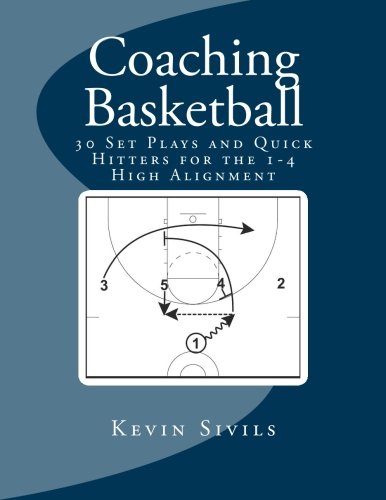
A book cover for Coaching Basketball: 30 Set Plays and Quick Hitters for the 1-4 High Alignment (Volume 3); Kevin Sivils; Sports & Outdoors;